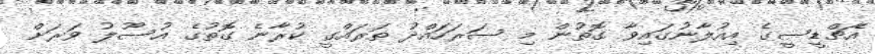
އެޗްޑީސީގެ އިއުލާނުގައިވާ ގޮތުން މި ސަރަހައްދު ތަރައްގީ ކުރާނެ ގޮތުގެ އުސޫލު ވަރަށް